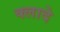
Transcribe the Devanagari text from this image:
क्लादे